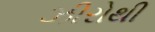
ઝીરોથી